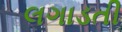
લગાડતી